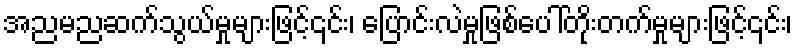
အညမညဆက်သွယ်မှုများဖြင့်၎င်း၊ ပြောင်းလဲမှုဖြစ်ပေါ်တိုးတက်မှုများဖြင့်၎င်း၊